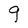
Character: g